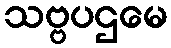
သဗ္ဗပဌမေ